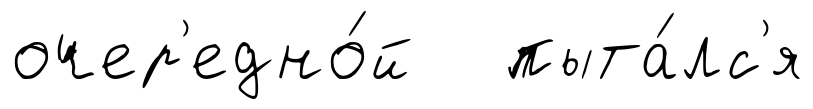
очер'едно́й пыта́лс'я